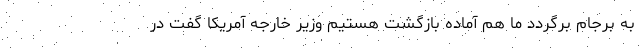
به برجام برگردد ما هم آماده بازگشت هستیم وزیر خارجه آمریکا گفت در